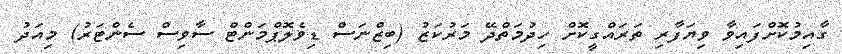
ގާއިމުކޮށްފައިވާ ވިޔަފާރި ތަރައްގީކޮށް ހިދުމަތްދޭ މަރުކަޒު (ބިޒްނަސް ޑިވެލޮޕްމަންޓް ސާވިސް ސެންޓަރު) މިއަދު